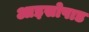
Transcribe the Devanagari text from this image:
आइसोपाड